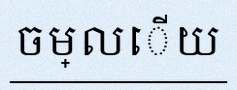
ចម្លើយ